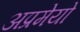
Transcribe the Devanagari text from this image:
अप्रमेयो